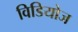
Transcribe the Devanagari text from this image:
विडियोज